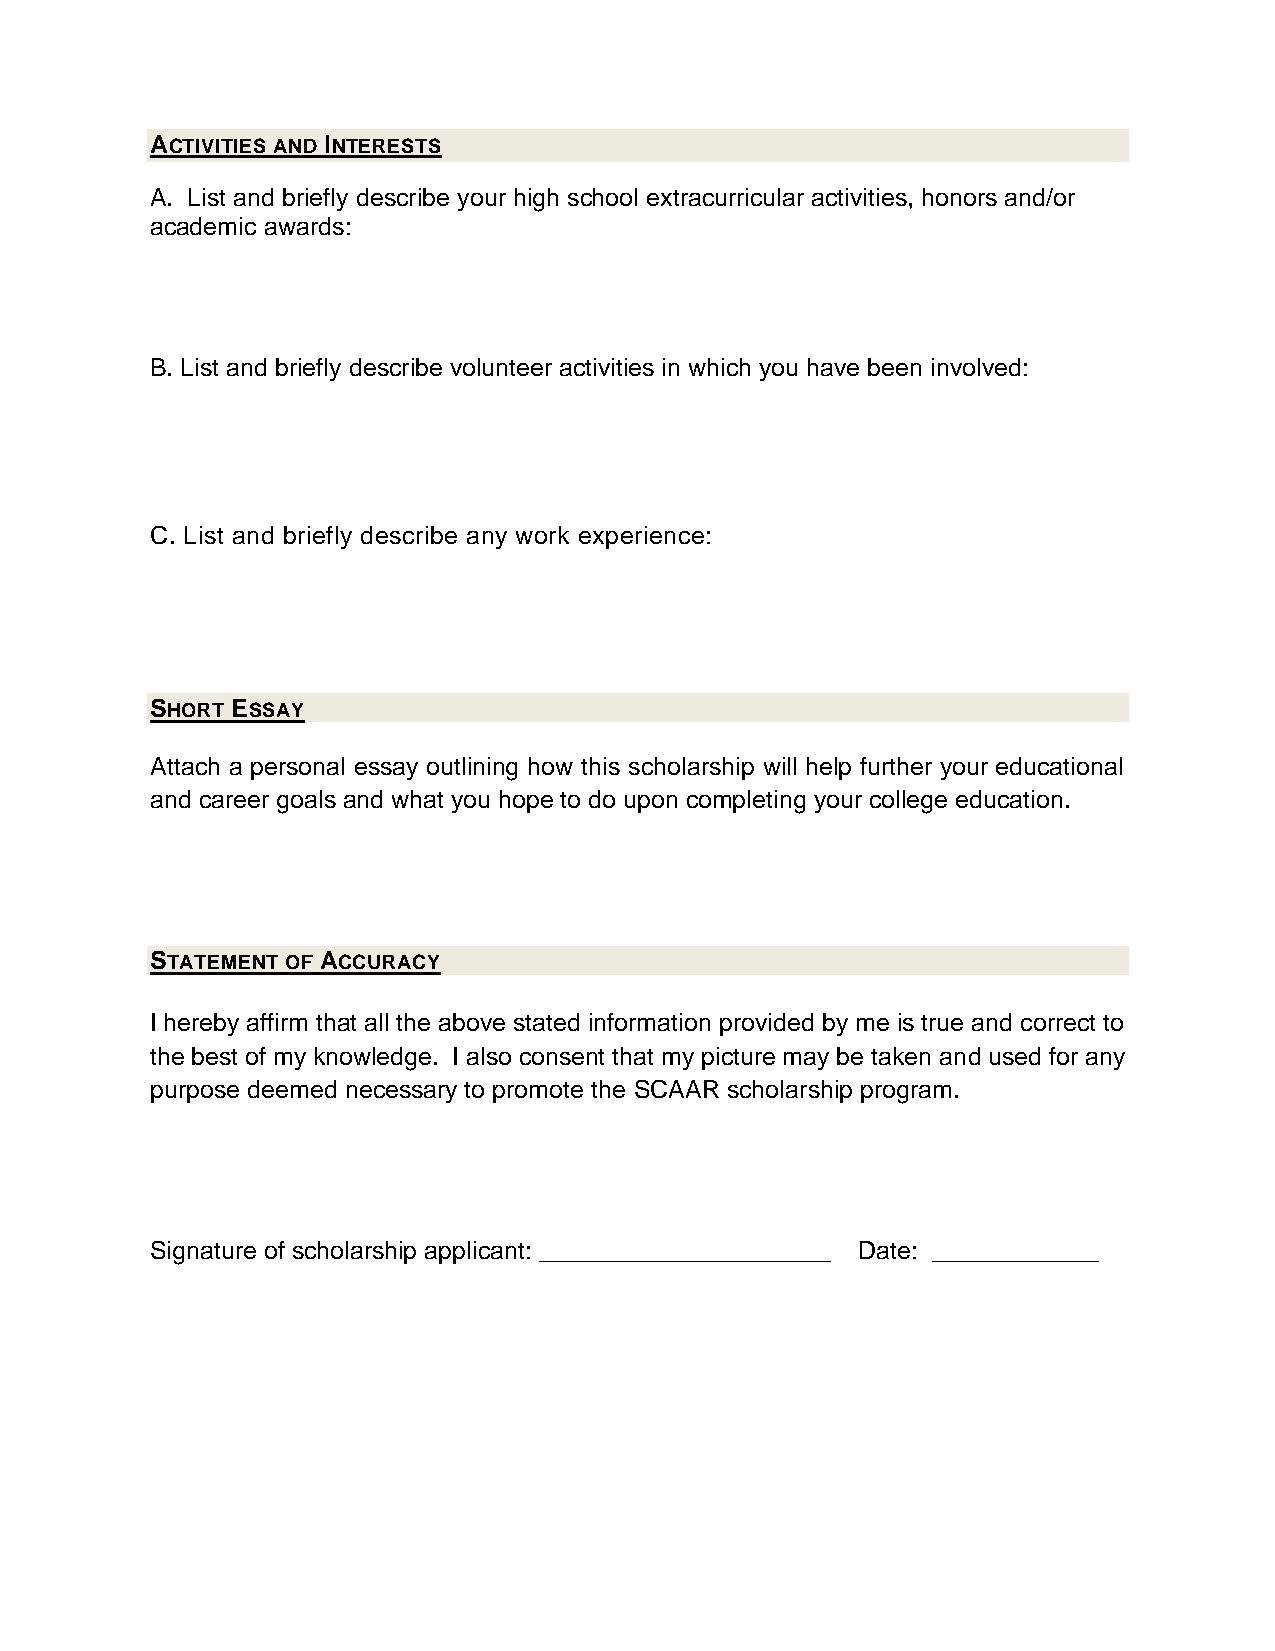
ACTIVITIES AND INTERESTS
 A. List and briefly describe your high school extracurricular activities, honors and/or
 academic awards:
 B. List and briefly describe volunteer activities in which you have been involved:
 C. List and briefly describe any work experience:
 SHORT ESSAY
 Attach a personal essay outlining how this scholarship will help further your educational
 and career goals and what you hope to do upon completing your college education.
 STATEMENT OF ACCURACY
 I hereby affirm that all the above stated information provided by me is true and correct to
 the best of my knowledge. I also consent that my picture may be taken and used for any
 purpose deemed necessary to promote the SCAAR scholarship program.
 Signature of scholarship applicant: _____________________ Date: ____________